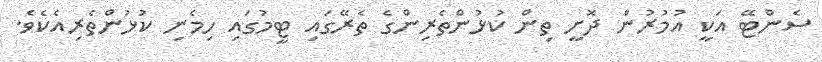
ސެންޓޭ އަކީ އުމުރުން ދޮށީ ތިން ކުޅުންތެރިންގެ ތެރޭގައި ޓީމުގައި ހިމެނި ކުޅުންތެރިއެކެވެ.